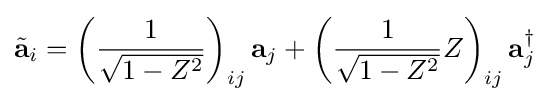
{\tilde {\mathbf {a} }}_{i}=\left({\frac {1}{\sqrt {1-Z^{2}}}}\right)_{ij}\mathbf {a} _{j}+\left({\frac {1}{\sqrt {1-Z^{2}}}}Z\right)_{ij}\mathbf {a} _{j}^{\dagger }